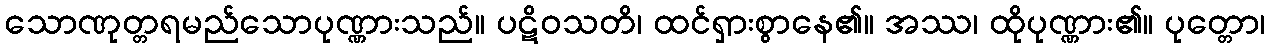
သောဏုတ္တရမည်သောပုဏ္ဏားသည်။ ပဋိဝသတိ၊ ထင်ရှားစွာနေ၏။ အဿ၊ ထိုပုဏ္ဏား၏။ ပုတ္တော၊